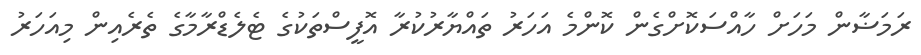
ރަމަޟާން މަހަށް ހާއްސަކޮށްގެން ކޮންމެ އަހަރު ތައްޔާރުކުރާ އޮފީސްތަކުގެ ޓެލެޑްރާމާގެ ތެރެއިން މިއަހަރު